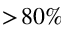
> \! 8 0 \%